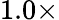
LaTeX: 1.0\times